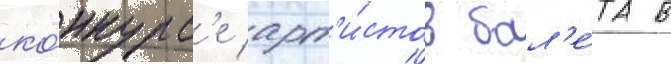
ко́нкурс'е арт'и́стов бал'е́та в